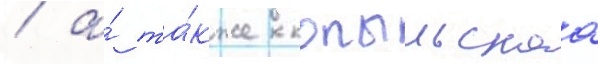
/ а́ та́кже копыльскаа